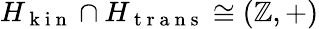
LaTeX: H_{\mathrm{~k~i~n~}}\cap H_{\mathrm{~t~r~a~n~s~}}\cong(\mathbb{Z},+)